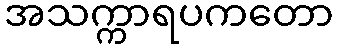
အသက္ကာရပကတော